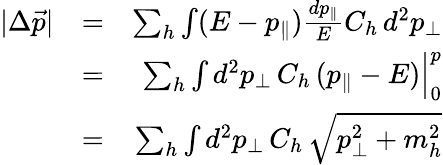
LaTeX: \begin{array}{rlr}{|\Delta\vec{p}|}&{=}&{\sum_{h}\int(E-p_{\parallel}){\frac{dp_{\parallel}}{E}}C_{h}\, d^{2}p_{\perp}}\\ &{=}&{\sum_{h}\int d^{2}p_{\perp}\, C_{h}\, (p_{\parallel}-E)\Big|_{0}^{p}}\\ &{=}&{\sum_{h}\int d^{2}p_{\perp}\, C_{h}\, \sqrt{p_{\perp}^{2}+m_{h}^{2}}}\end{array}